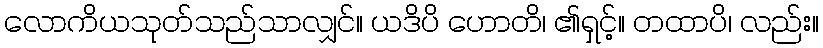
လောကိယသုတ်သည်သာလျှင်။ ယဒိပိ ဟောတိ၊ ၏ရှင့်။ တထာပိ၊ လည်း။